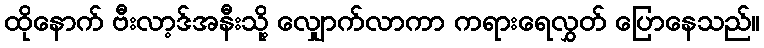
ထိုနောက် ဗီးလာ့ဒ်အနီးသို့ လျှောက်လာကာ ကရားရေလွှတ် ပြောနေသည်။